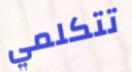
تتكلمي